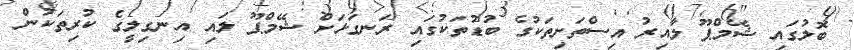
ބޮލުގައި ޝޭމްޕޫ ލާއިރު އިސްތަށިތަކުގެ ބުޑުތަކުގައި ރަނގަޅަށް ޝޭމްޕޫ ލައި އިނގިލީގެ ކުރިތަކުން